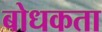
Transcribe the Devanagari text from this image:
बोधकता